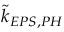
\tilde { k } _ { E P S , P H }